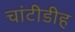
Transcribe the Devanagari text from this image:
चांटीडीह